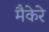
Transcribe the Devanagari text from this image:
मैकेरे